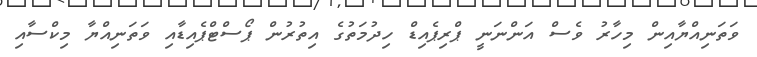
ވަތަނިއްޔާއިން މިހާރު ވެސް އަންނަނީ ޕްރިޕެއިޑް ހިދުމަތުގެ އިތުރުން ޕޯސްޓްޕެއިޑާއި ވަތަނިއްޔާ މިކްސާއި